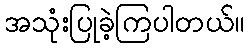
အသုံးပြုခဲ့ကြပါတယ်။